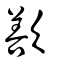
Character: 歚